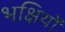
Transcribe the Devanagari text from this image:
भक्षियों